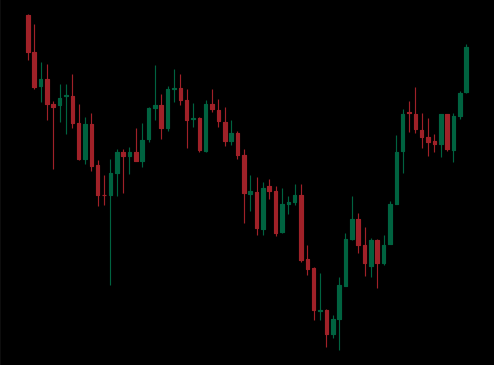
Pattern: inverse_head_shoulders